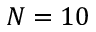
N = 1 0